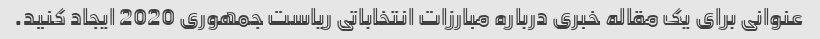
عنوانی برای یک مقاله خبری درباره مبارزات انتخاباتی ریاست جمهوری 2020 ایجاد کنید.